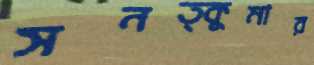
সনত্কুমার